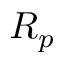
R _ { p }